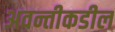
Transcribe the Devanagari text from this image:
अवन्तीकडील